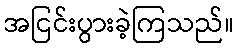
အငြင်းပွားခဲ့ကြသည်။